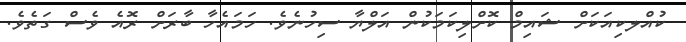
ކުއްލކިއަކަށް ޝައިމް ކޮށްލިކަމަކުން އަލްޔާ ސިހުނެވެ. ހަމައެހާ ބާރަށް ރޮއެ ވެސް ގަތެވެ.